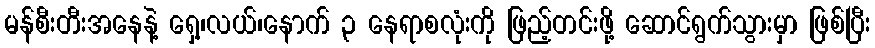
မန်စီးတီးအနေနဲ့ ရှေ့၊လယ်၊နောက် ၃ နေရာစလုံးကို ဖြည့်တင်းဖို့ ဆောင်ရွက်သွားမှာ ဖြစ်ပြီး